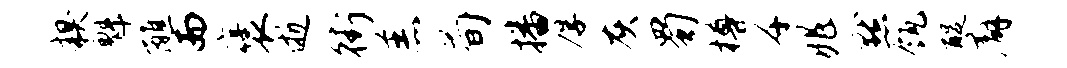
糗魁醮而褒逝街羔荀播厚灰蜀樽千兆默瓴醍廨